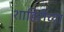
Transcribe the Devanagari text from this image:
शाहिरीच्या